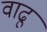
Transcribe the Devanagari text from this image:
वाढूं